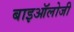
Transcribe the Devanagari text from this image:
बाइऑलोजी